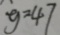
y = 4 7